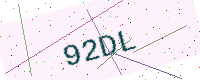
Text: 92DL